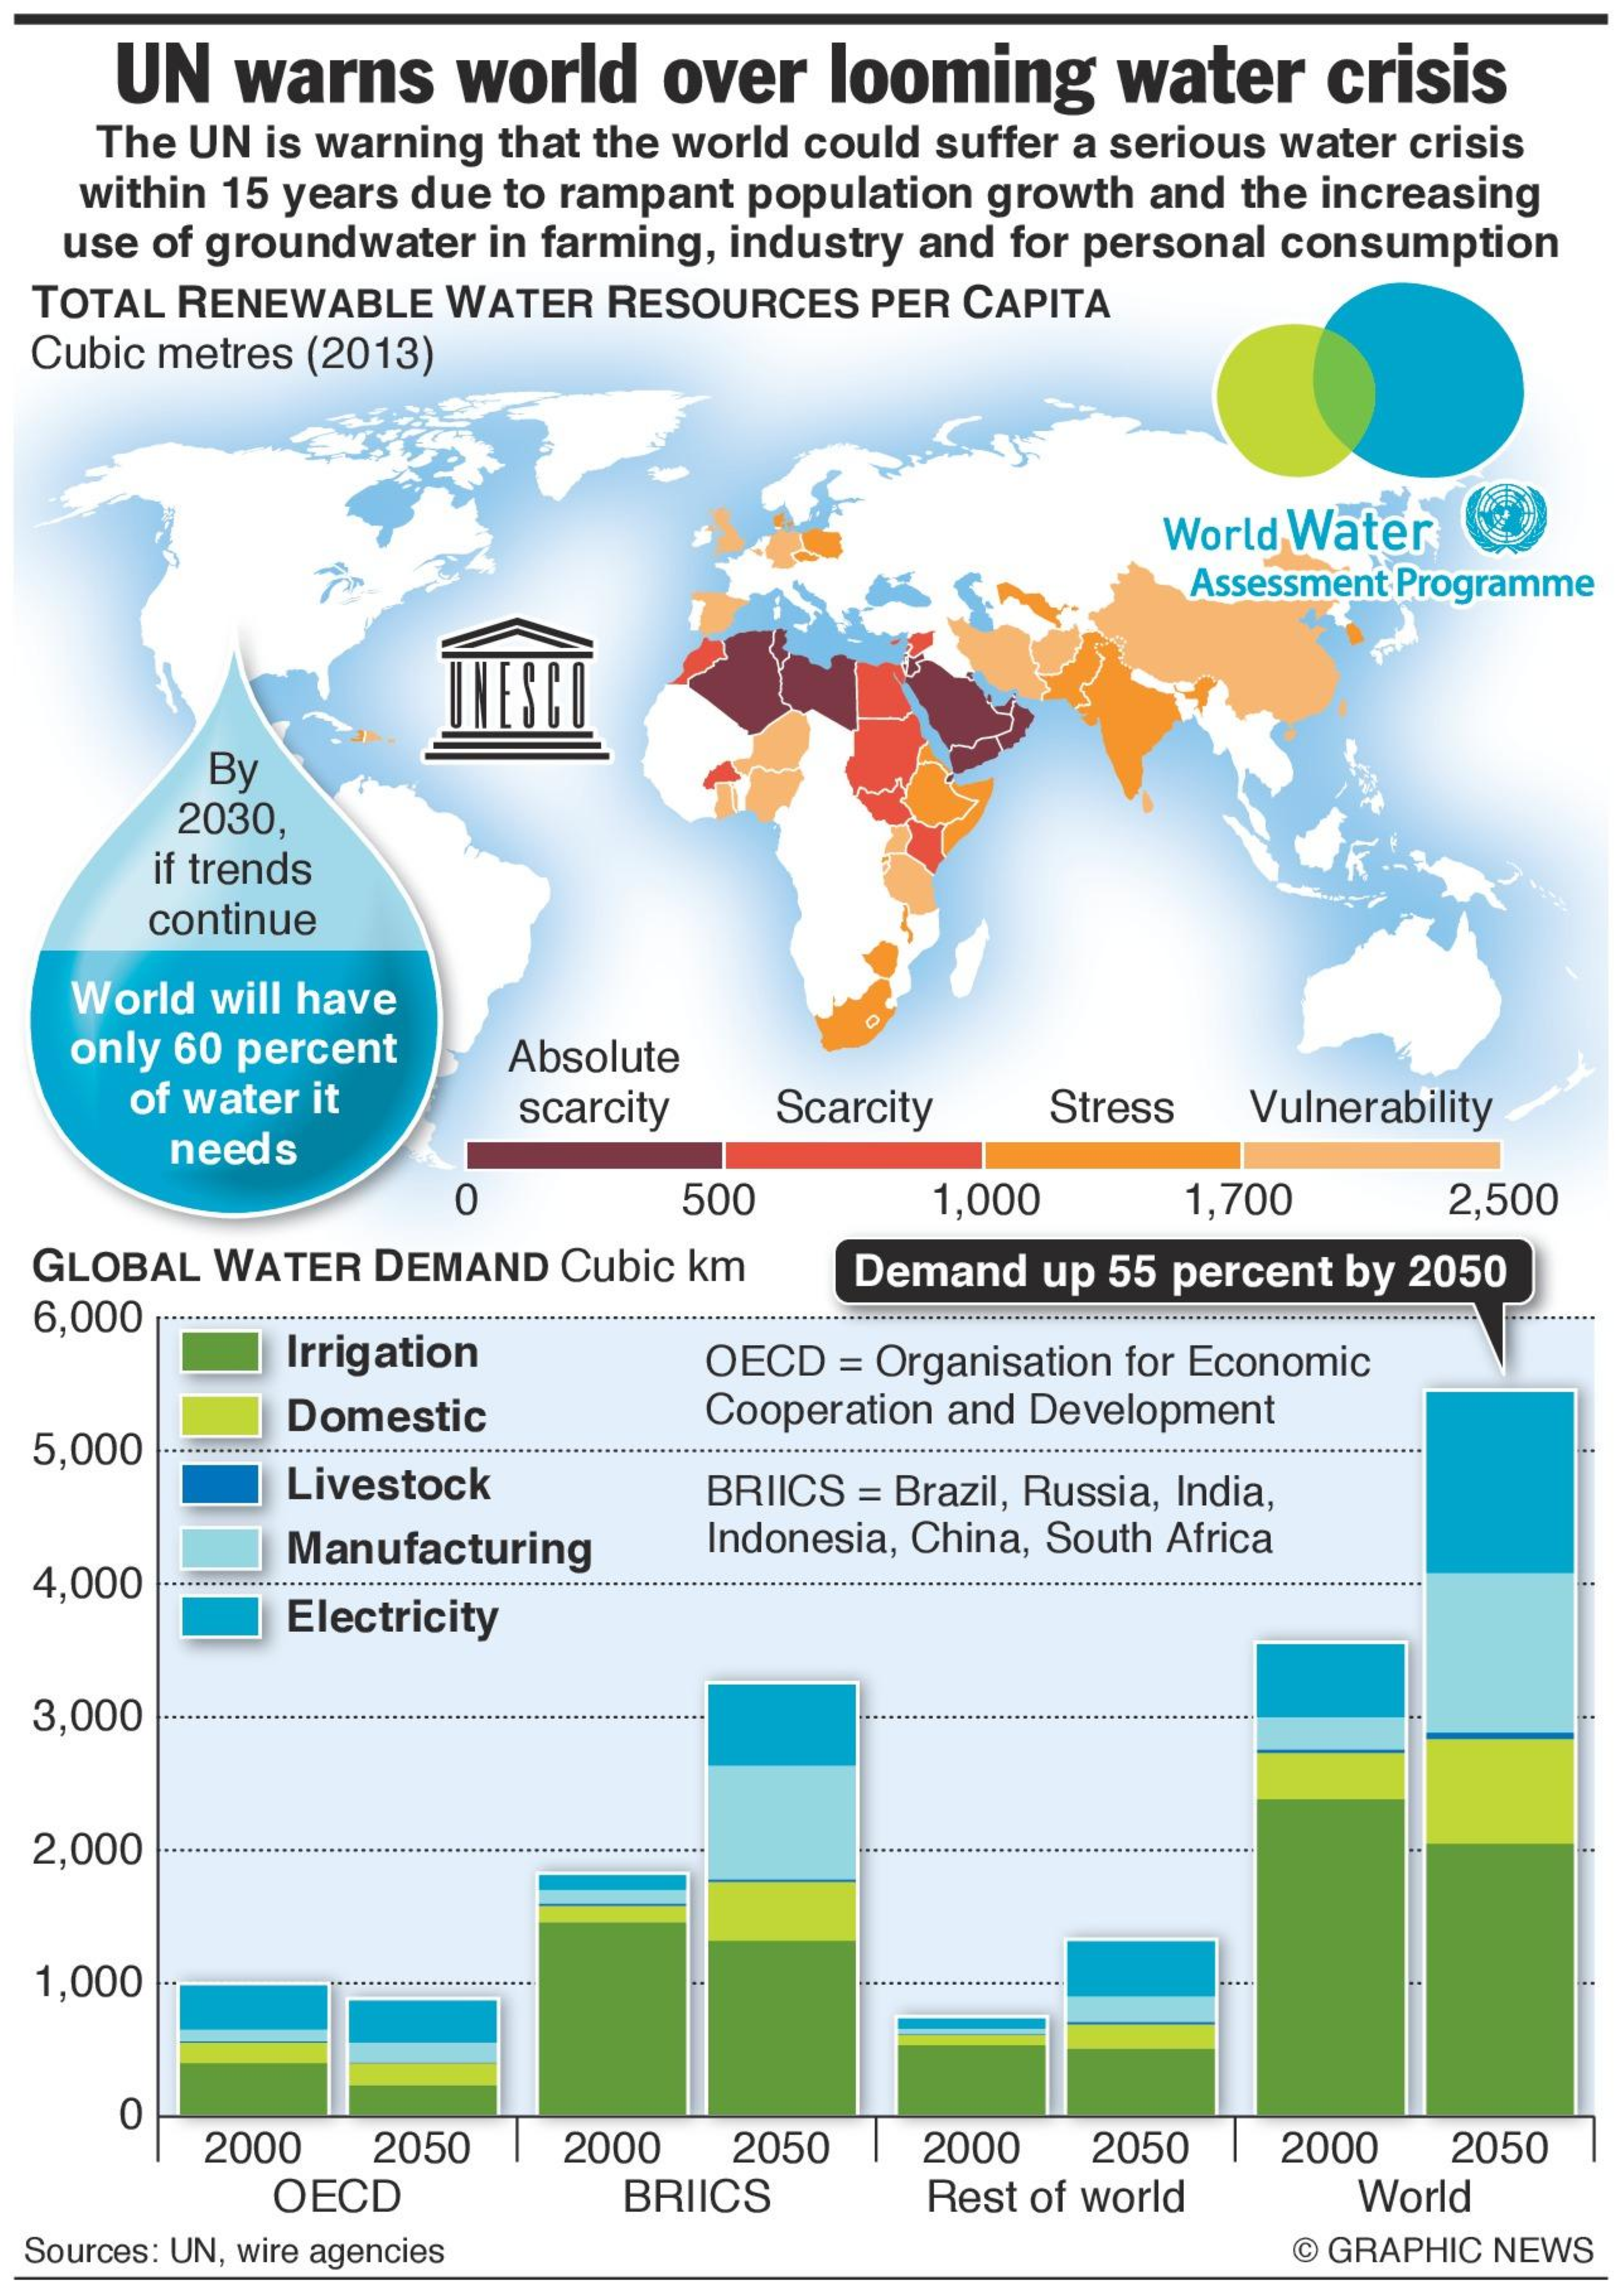
UN  warns    world   over   looming    water    crisis
    The UN is warning that the world could suffer a serious water crisis
    within 15 years due to rampant population growth and the increasing
   use of groundwater in farming, industry and for personal consumption
  TOTAL RENEWABLE WATER RESOURCES  PER CAPITA
  Cubic metres (2013)
     World Water
     Assessment Programme
     UNESCO
     By
     2030
     if trends
     continue
   World will have
   only 60 percent
     of water it
     Absolute
     scarcity  Scarcity   Stress  Vulnerability
     needs
     0    500    1,000    1,700    2,500
  GLOBAL WATER DEMAND Cubic km    Demand up 55 percent by 2050
  6,000
     Irrigation    OECD = Organisation for Economic
  5,000
     Domestic    Cooperation and Development
     ..............
     Livestock    BRIICS = Brazil, Russia, India,
     Manufacturing   Indonesia, China, South Africa
  4,000
     Electricity
  3,000
  2,000
  1,000
     0
     2000  2050    2000  2050    2000   2050   2000   2050
     OECD    BRIICS    Rest of world    World
  Sources: UN, wire agencies    @ GRAPHIC NEWS